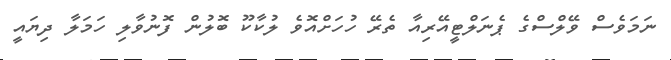
ނަމަވެސް ވޭލްސްގެ ޕެނަލްޓީއޭރިއާ ތެރޭ ހުހަށްއޮވެ ލުކާކޫ ބޮލުން ފޮނުވާލި ހަމަލާ ދިޔައީ